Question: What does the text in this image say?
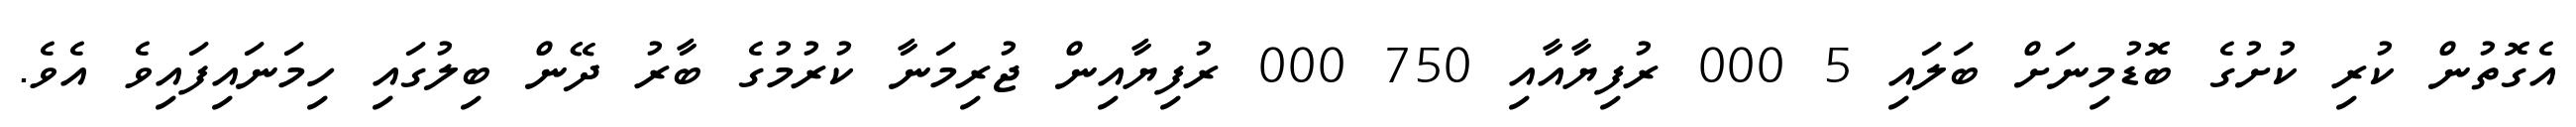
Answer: އެގޮތުން ކުރި ކުށުގެ ބޮޑުމިނަށް ބަލައި 5 000 ރުފިޔާއާއި 750 000 ރުފިޔާއިން ޖުރިމަނާ ކުރުމުގެ ބާރު ދޭން ބިލުގައި ހިމަނައިފައިވެ އެވެ.